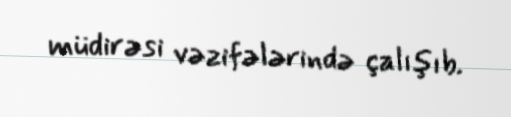
müdirəsi vəzifələrində çalışıb.